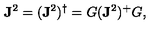
\mathbf { J } ^ { 2 } = ( \mathbf { J } ^ { 2 } ) ^ { \dagger } = G ( \mathbf { J } ^ { 2 } ) ^ { + } G ,